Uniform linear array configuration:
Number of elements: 16
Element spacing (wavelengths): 1
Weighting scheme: binomial
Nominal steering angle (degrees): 0
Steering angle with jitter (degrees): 0.8065
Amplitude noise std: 0.05
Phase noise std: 0.05

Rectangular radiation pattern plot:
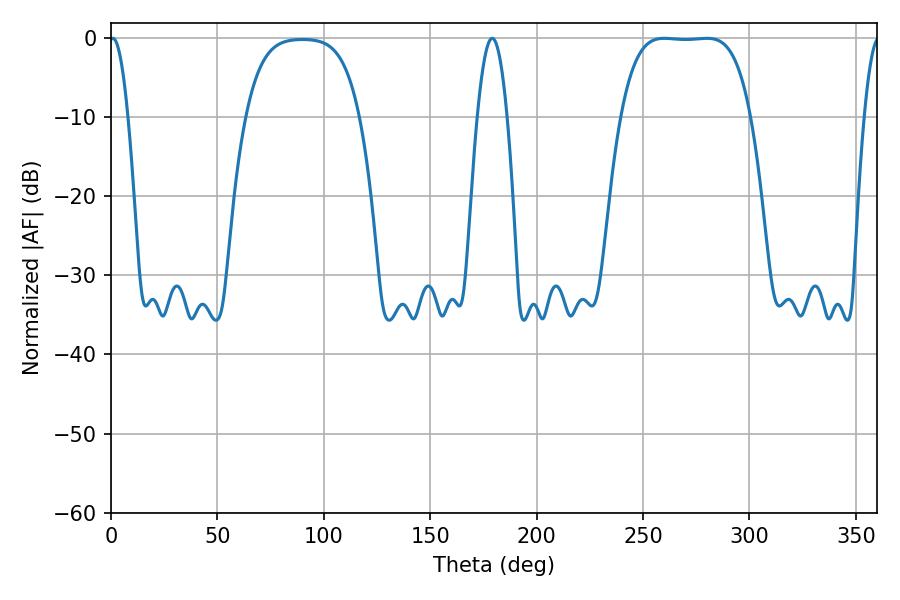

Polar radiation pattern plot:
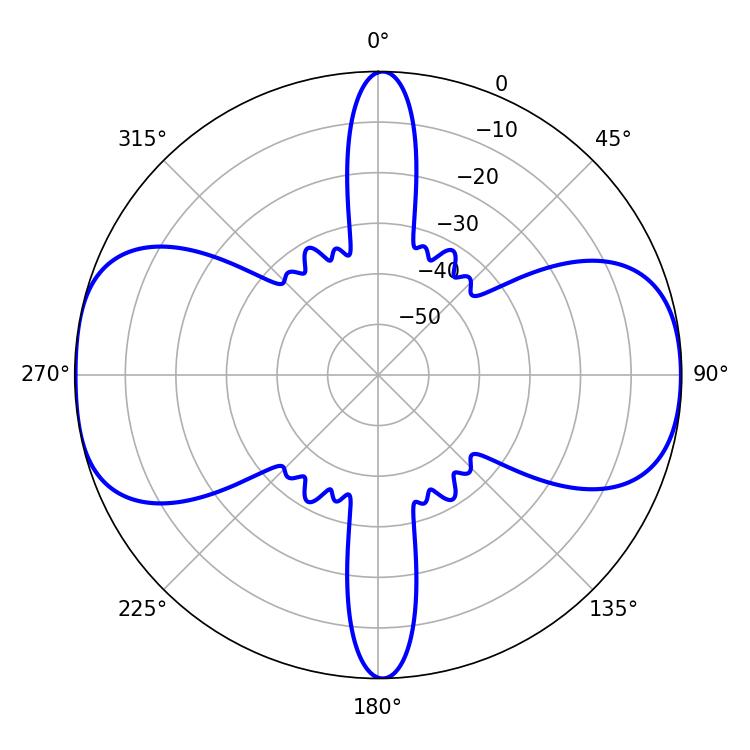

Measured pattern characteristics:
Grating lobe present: TRUE
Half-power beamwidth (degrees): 46.8
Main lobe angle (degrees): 259.92